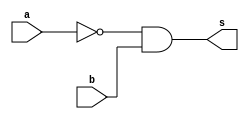
// -------------------------
// Exemplo_0501 - GATES
// Nome: Laura Iara Silva Santos Xavier
// -------------------------
// -------------------------
// f5_gate
// m a b s
// 0 0 0 0
// 1 0 1 1 <- a'.b
// 2 1 0 0
// 3 1 1 0
//
// -------------------------
module f5a ( output s,
 input a,
 input b );
// definir dado local
 wire not_a;
// descrever por portas
 not NOT1 ( not_a, a );
 and AND1 ( s, not_a, b );
endmodule // f5
// -------------------------
// f5_gate
// m a b s
// 0 0 0 0
// 1 0 1 1 <- a'.b
// 2 1 0 0
// 3 1 1 0
//
// -------------------------
module f5b ( output s,
 input a,
 input b );
// descrever por expressao
 assign s = ~a & b;
endmodule // f5b
module test_f5;
// ------------------------- definir dados
 reg x;
 reg y;
 wire a, b;
 f5a moduloA ( a, x, y );
 f5b moduloB ( b, x, y );
// ------------------------- parte principal
 initial
 begin : main
 $display("Exemplo_0501 - Laura Iara Silva Santos Xavier - 734661");
 $display("Test module");
 $display(" x y a b");
 // projetar testes do modulo
 $monitor("%4b %4b %4b %4b", x, y, a, b);
 x = 1'b0; y = 1'b0;
 #1 x = 1'b0; y = 1'b1;
 #1 x = 1'b1; y = 1'b0;
 #1 x = 1'b1; y = 1'b1;
 end
endmodule // test_f5